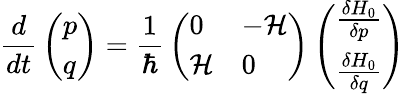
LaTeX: {\frac{d}{dt}}\left(\begin{array}{l}{{p}}\\ {{q}}\end{array}\right)={\frac{1}{\hbar}}\left(\begin{array}{ll}{{0}}&{{-{\cal H}}}\\ {{{\cal H}}}&{{0}}\end{array}\right)\left(\begin{array}{l}{{{\frac{\delta H_{0}}{\delta p}}}}\\ {{{\frac{\delta H_{0}}{\delta q}}}}\end{array}\right)